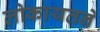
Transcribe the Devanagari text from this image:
लोकायतने